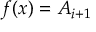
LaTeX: f ( x ) = A _ { i + 1 }